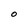
Character: O